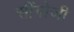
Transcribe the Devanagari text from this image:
सींगोजी